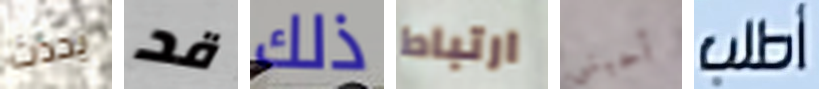
يحدث قد ذلك ارتباط أحبني أطلب